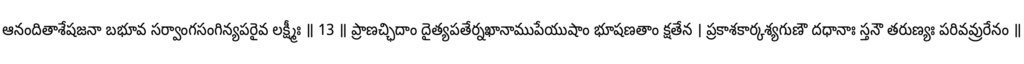
ఆనందితాశేషజనా బభూవ సర్వాంగసంగిన్యపరైవ లక్ష్మీః ॥ 13 ॥ ప్రాణచ్ఛిదాం దైత్యపతేర్నఖానాముపేయుషాం భూషణతాం క్షతేన । ప్రకాశకార్కశ్యగుణౌ దధానాః స్తనౌ తరుణ్యః పరివవ్రురేనం ॥